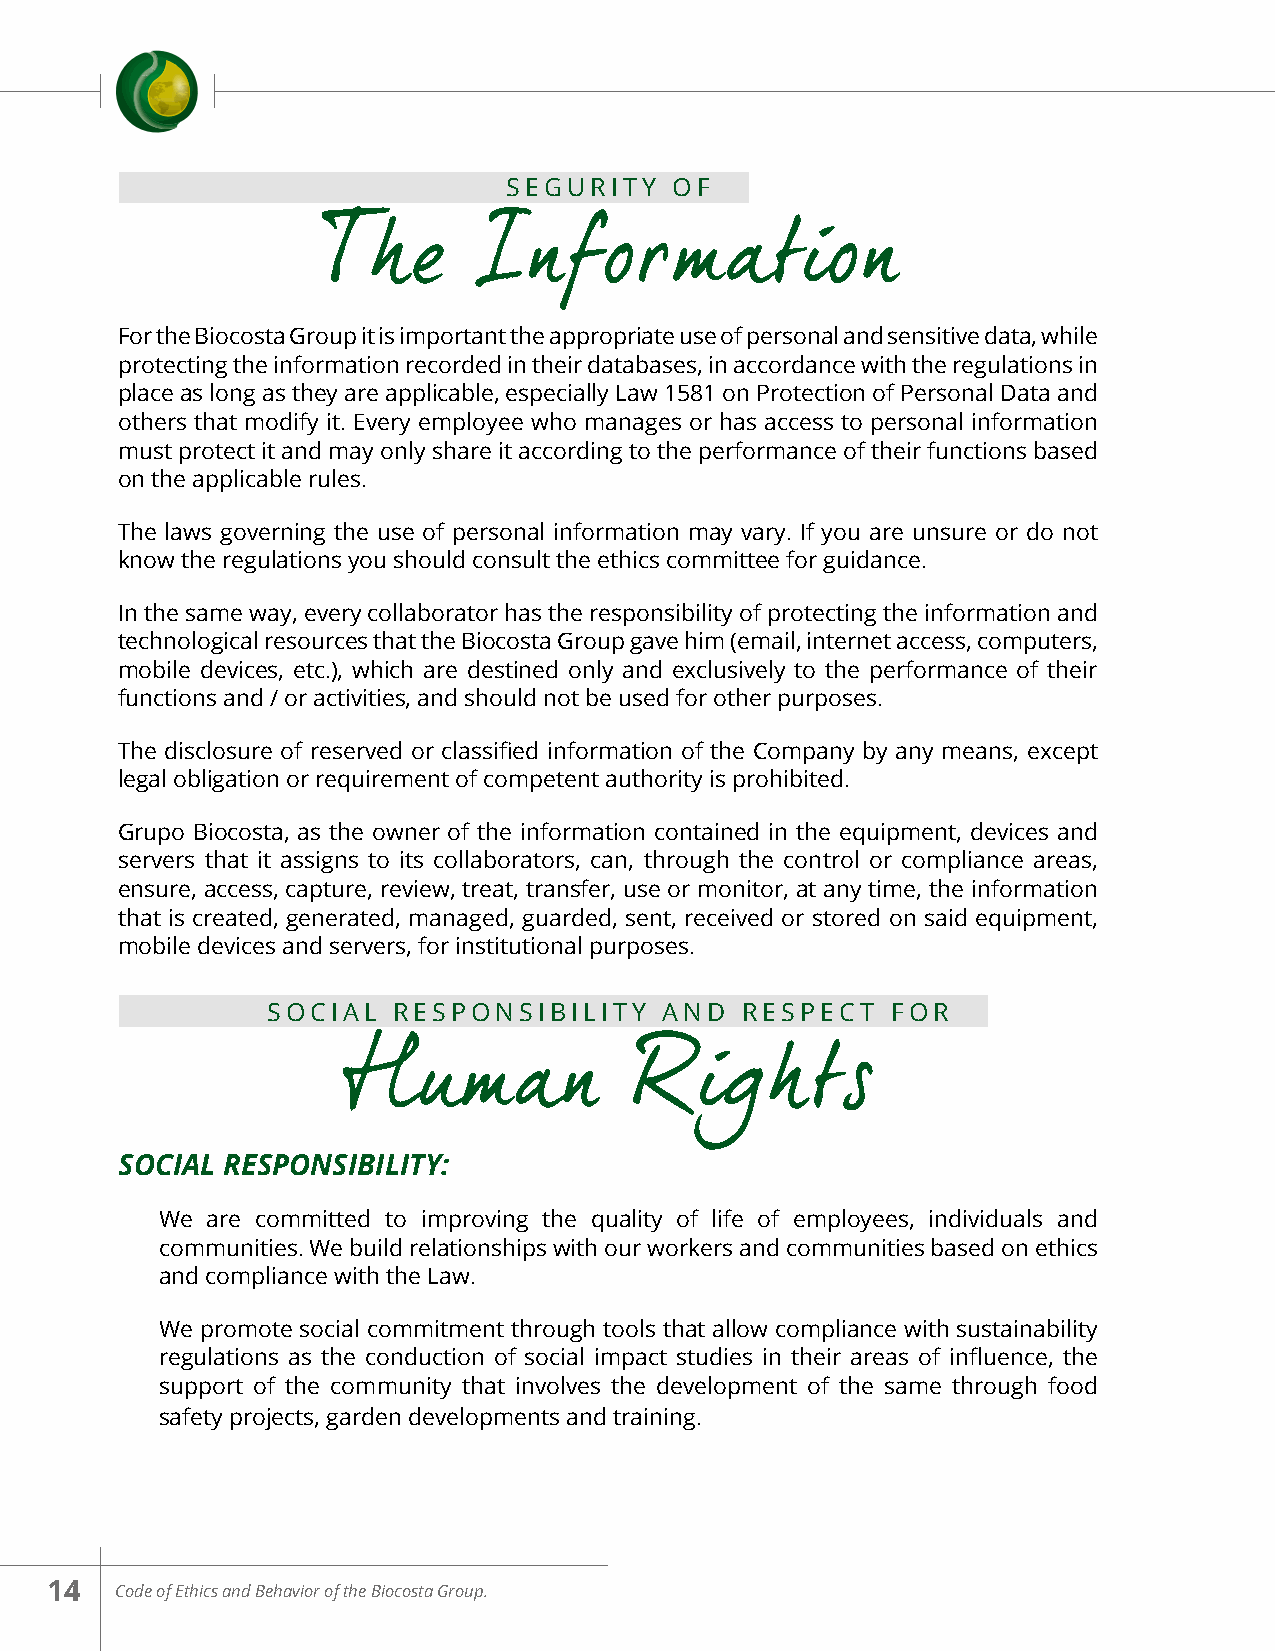
SEGURITY   OF
 The        Information
 For the Biocosta Group it is important the appropriate use of personal and sensitive data, while
 protecting the information recorded in their databases, in accordance with the regulations in
 place as long as they are applicable, especially Law 1581 on Protection of Personal Data and
 others that modify it. Every employee who manages or has access to personal information
 must protect it and may only share it according to the performance of their functions based
 on the applicable rules.
 The laws governing the use of personal information may vary. If you are unsure or do not
 know the regulations you should consult the ethics committee for guidance.
 In the same way, every collaborator has the responsibility of protecting the information and
 technological resources that the Biocosta Group gave him (email, internet access, computers,
 mobile devices, etc.), which are destined only and exclusively to the performance of their
 functions and / or activities, and should not be used for other purposes.
 The disclosure of reserved or classified information of the Company by any means, except
 legal obligation or requirement of competent authority is prohibited.
 Grupo Biocosta, as the owner of the information contained in the equipment, devices and
 servers that it assigns to its collaborators, can, through the control or compliance areas,
 ensure, access, capture, review, treat, transfer, use or monitor, at any time, the information
 that is created, generated, managed, guarded, sent, received or stored on said equipment,
 mobile devices and servers, for institutional purposes.
 SOCIAL  RESPONSIBILITY    AND  RESPECT   FOR
 Human              Rights
 SOCIAL RESPONSIBILITY:
 We are committed to improving the quality of life of employees, individuals and
 communities. We build relationships with our workers and communities based on ethics
 and compliance with the Law.
 We promote social commitment through tools that allow compliance with sustainability
 regulations as the conduction of social impact studies in their areas of influence, the
 support of the community that involves the development of the same through food
 safety projects, garden developments and training.
 14   Code of Ethics and Behavior of the Biocosta Group.